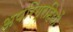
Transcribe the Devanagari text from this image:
अपरिग्रहियों